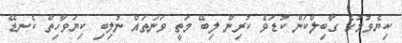
ކިޔެވުމުގެ ގާބިލްކަން ކުޑަވެ ކުރިން ލިބޭ މަތީ ވަނަތައް ނުލިބި ކިޔަވާހިތް ކެނޑޭ